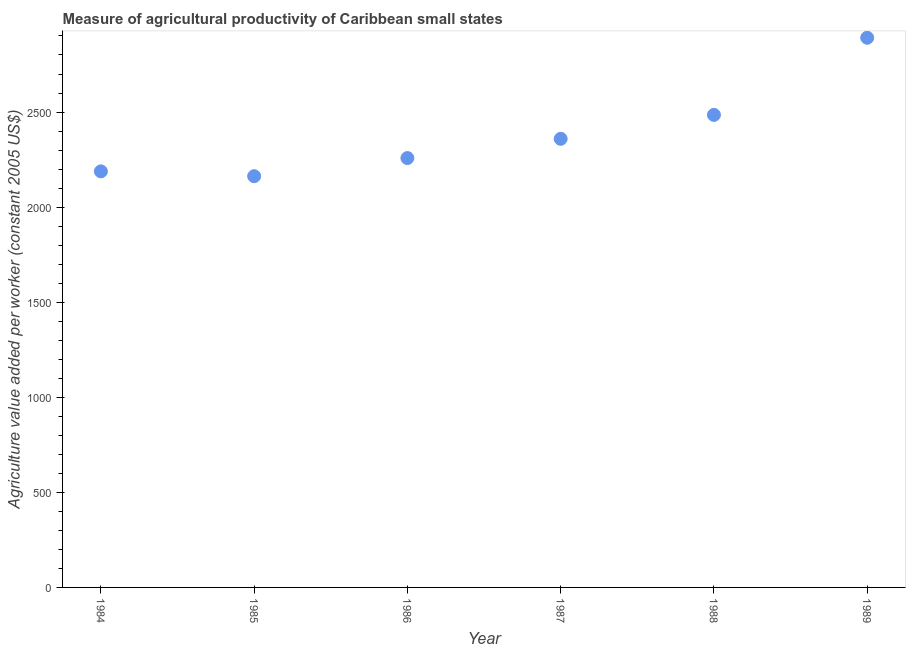
| Year | Agriculture value added per worker |
 | --- | --- |
 | 1984 | 2.19e+03 |
 | 1985 | 2.16e+03 |
 | 1986 | 2.26e+03 |
 | 1987 | 2.36e+03 |
 | 1988 | 2.48e+03 |
 | 1989 | 2.89e+03 |